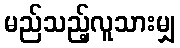
မည်သည့်လူသားမျှ